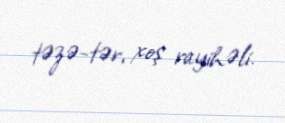
təzə-tər, xoş rayihəli.